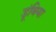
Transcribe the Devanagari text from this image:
डूंबिया